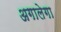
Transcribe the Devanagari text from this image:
अगालेगा